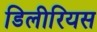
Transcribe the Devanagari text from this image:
डिलीरियस